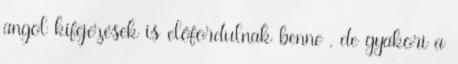
angol kifejezések is előfordulnak benne , de gyakori a